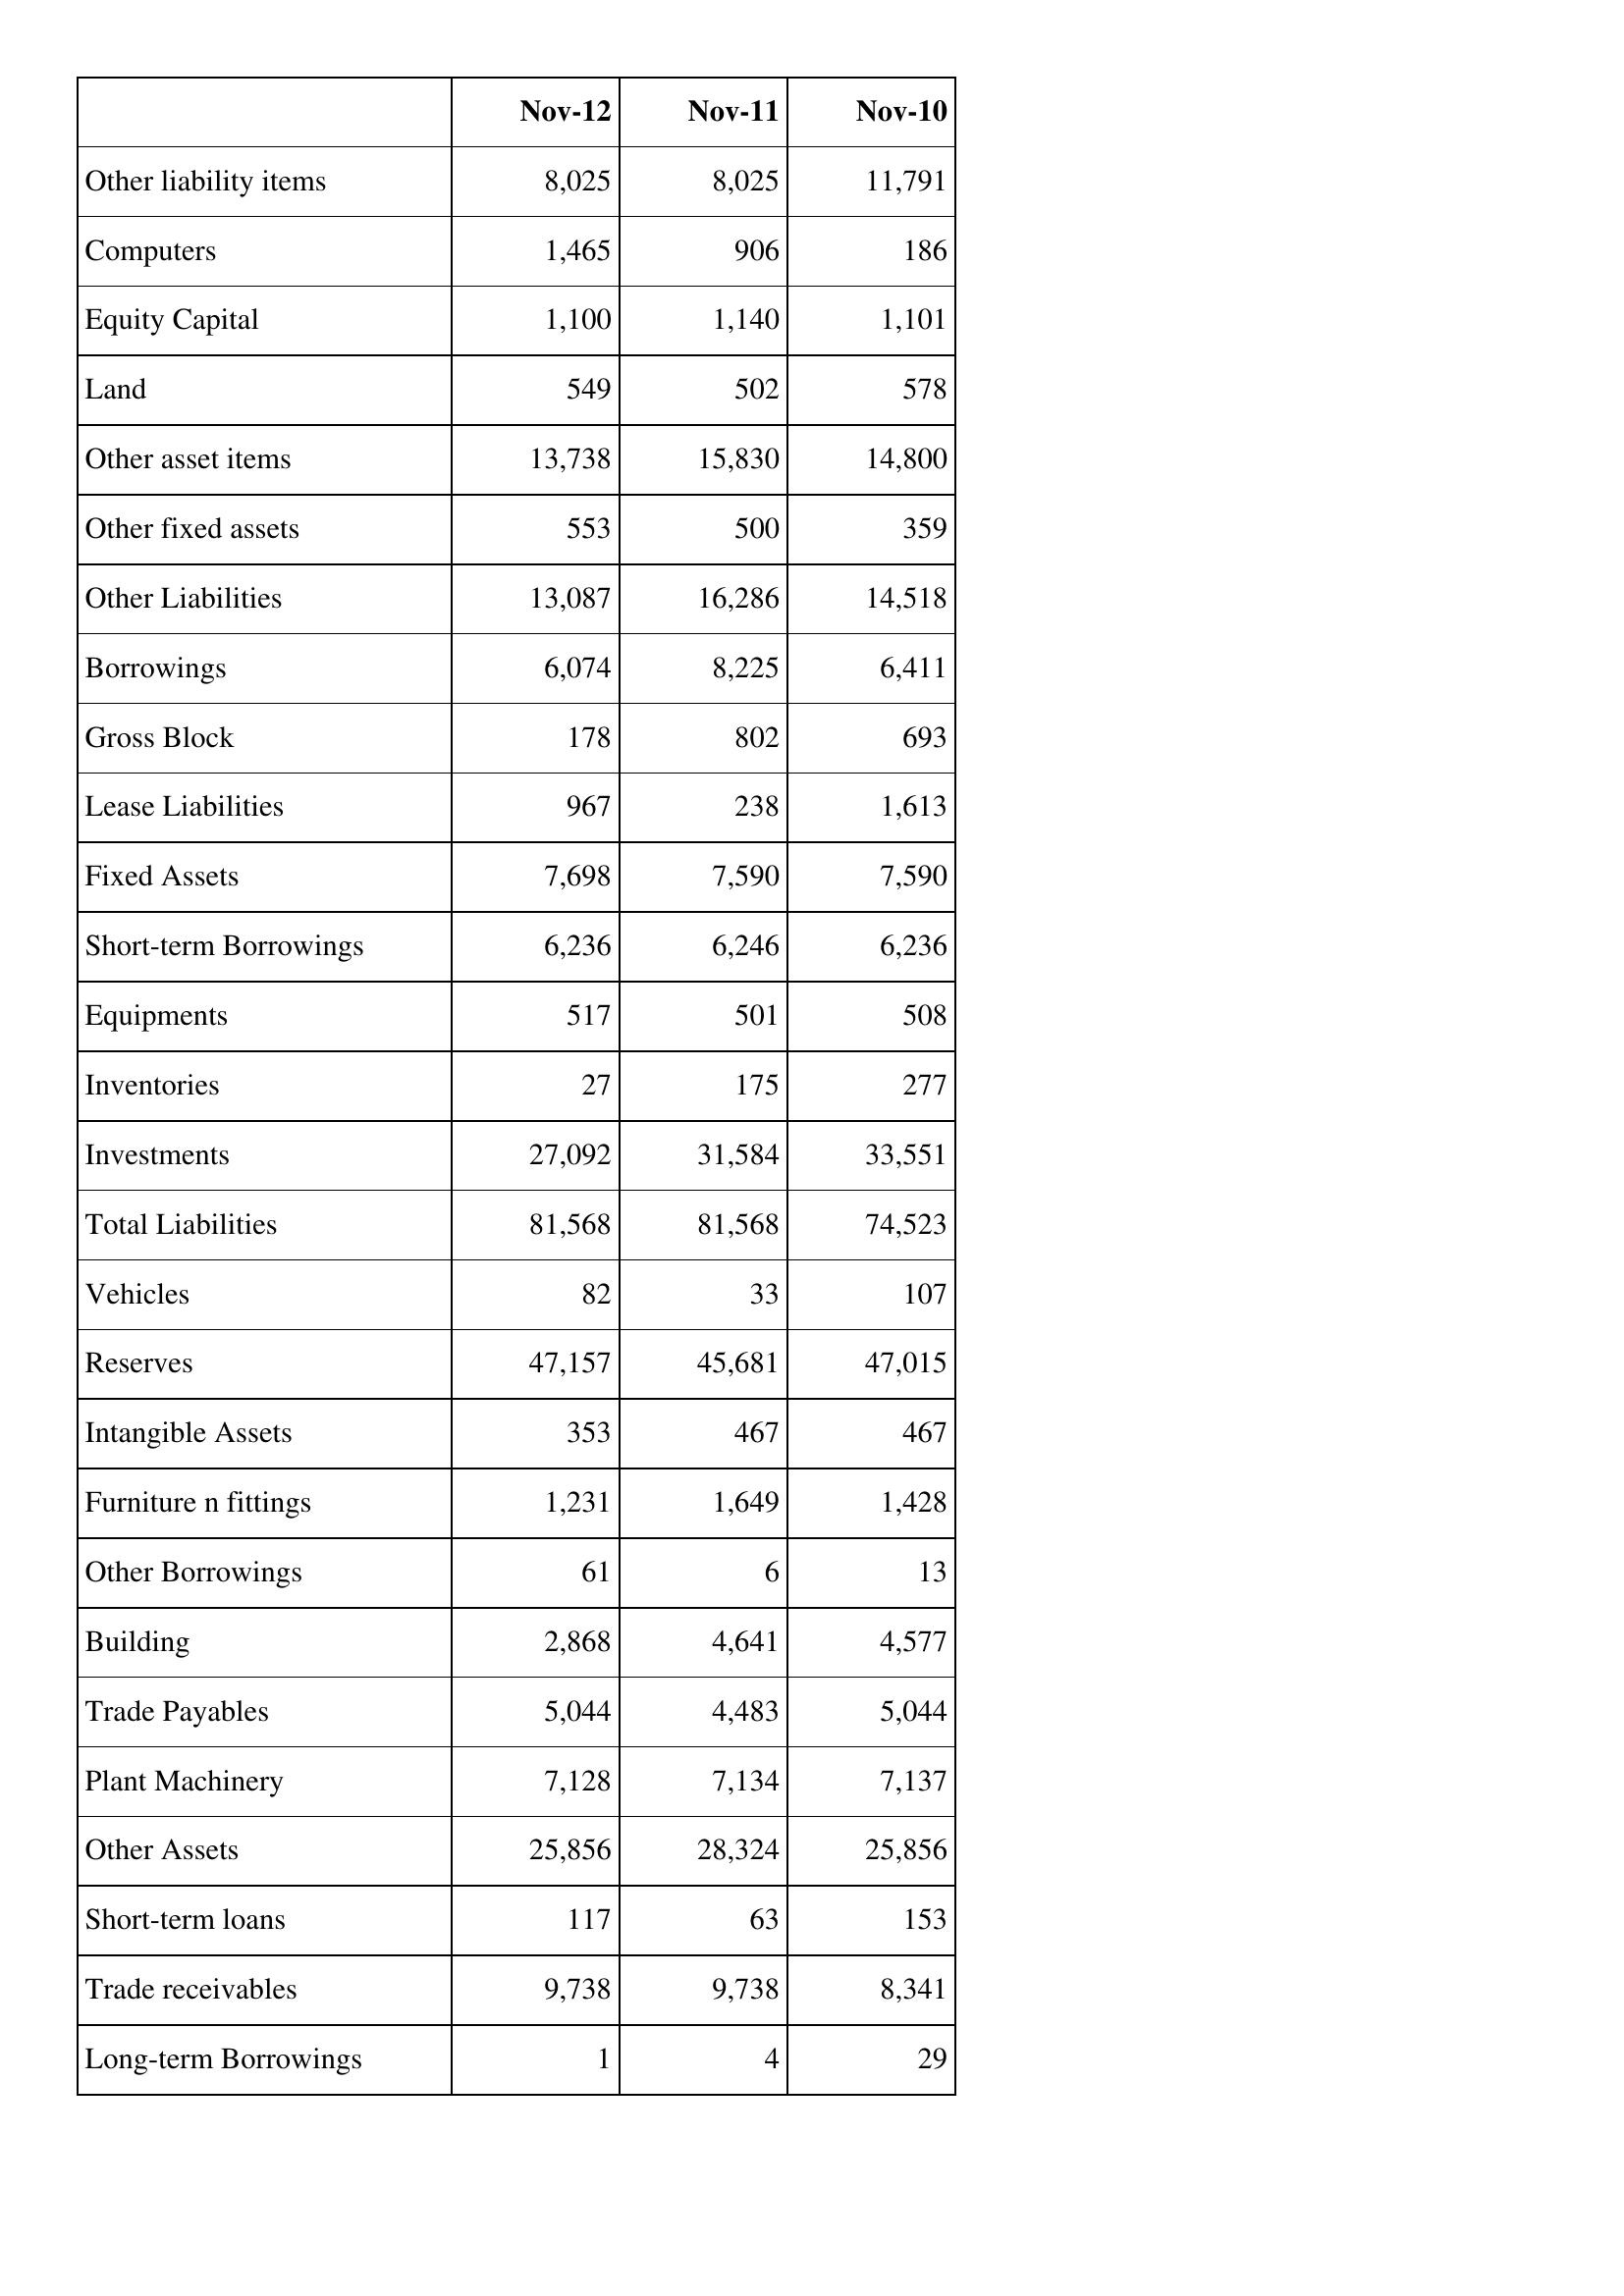
Nov-12: Balance Sheet: Other liability items: 8,025
Computers: 1,465
Equity Capital: 1,100
Land: 549
Other asset items: 13,738
Other fixed assets: 553
Other Liabilities: 13,087
Borrowings: 6,074
Gross Block: 178
Lease Liabilities: 967
Fixed Assets: 7,698
Short-term Borrowings: 6,236
Equipments: 517
Inventories: 27
Investments: 27,092
Total Liabilities: 81,568
Vehicles: 82
Reserves: 47,157
Intangible Assets: 353
Furniture n fittings: 1,231
Other Borrowings: 61
Building: 2,868
Trade Payables: 5,044
Plant Machinery: 7,128
Other Assets: 25,856
Short-term loans: 117
Trade receivables: 9,738
Long-term Borrowings: 1
Nov-11: Balance Sheet: Other liability items: 8,025
Computers: 906
Equity Capital: 1,140
Land: 502
Other asset items: 15,830
Other fixed assets: 500
Other Liabilities: 16,286
Borrowings: 8,225
Gross Block: 802
Lease Liabilities: 238
Fixed Assets: 7,590
Short-term Borrowings: 6,246
Equipments: 501
Inventories: 175
Investments: 31,584
Total Liabilities: 81,568
Vehicles: 33
Reserves: 45,681
Intangible Assets: 467
Furniture n fittings: 1,649
Other Borrowings: 6
Building: 4,641
Trade Payables: 4,483
Plant Machinery: 7,134
Other Assets: 28,324
Short-term loans: 63
Trade receivables: 9,738
Long-term Borrowings: 4
Nov-10: Balance Sheet: Other liability items: 11,791
Computers: 186
Equity Capital: 1,101
Land: 578
Other asset items: 14,800
Other fixed assets: 359
Other Liabilities: 14,518
Borrowings: 6,411
Gross Block: 693
Lease Liabilities: 1,613
Fixed Assets: 7,590
Short-term Borrowings: 6,236
Equipments: 508
Inventories: 277
Investments: 33,551
Total Liabilities: 74,523
Vehicles: 107
Reserves: 47,015
Intangible Assets: 467
Furniture n fittings: 1,428
Other Borrowings: 13
Building: 4,577
Trade Payables: 5,044
Plant Machinery: 7,137
Other Assets: 25,856
Short-term loans: 153
Trade receivables: 8,341
Long-term Borrowings: 29